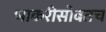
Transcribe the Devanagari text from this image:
भाकरीसोबतच